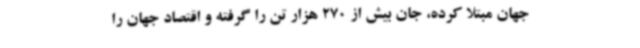
جهان مبتلا کرده، جان بیش از 270 هزار تن را گرفته و اقتصاد جهان را